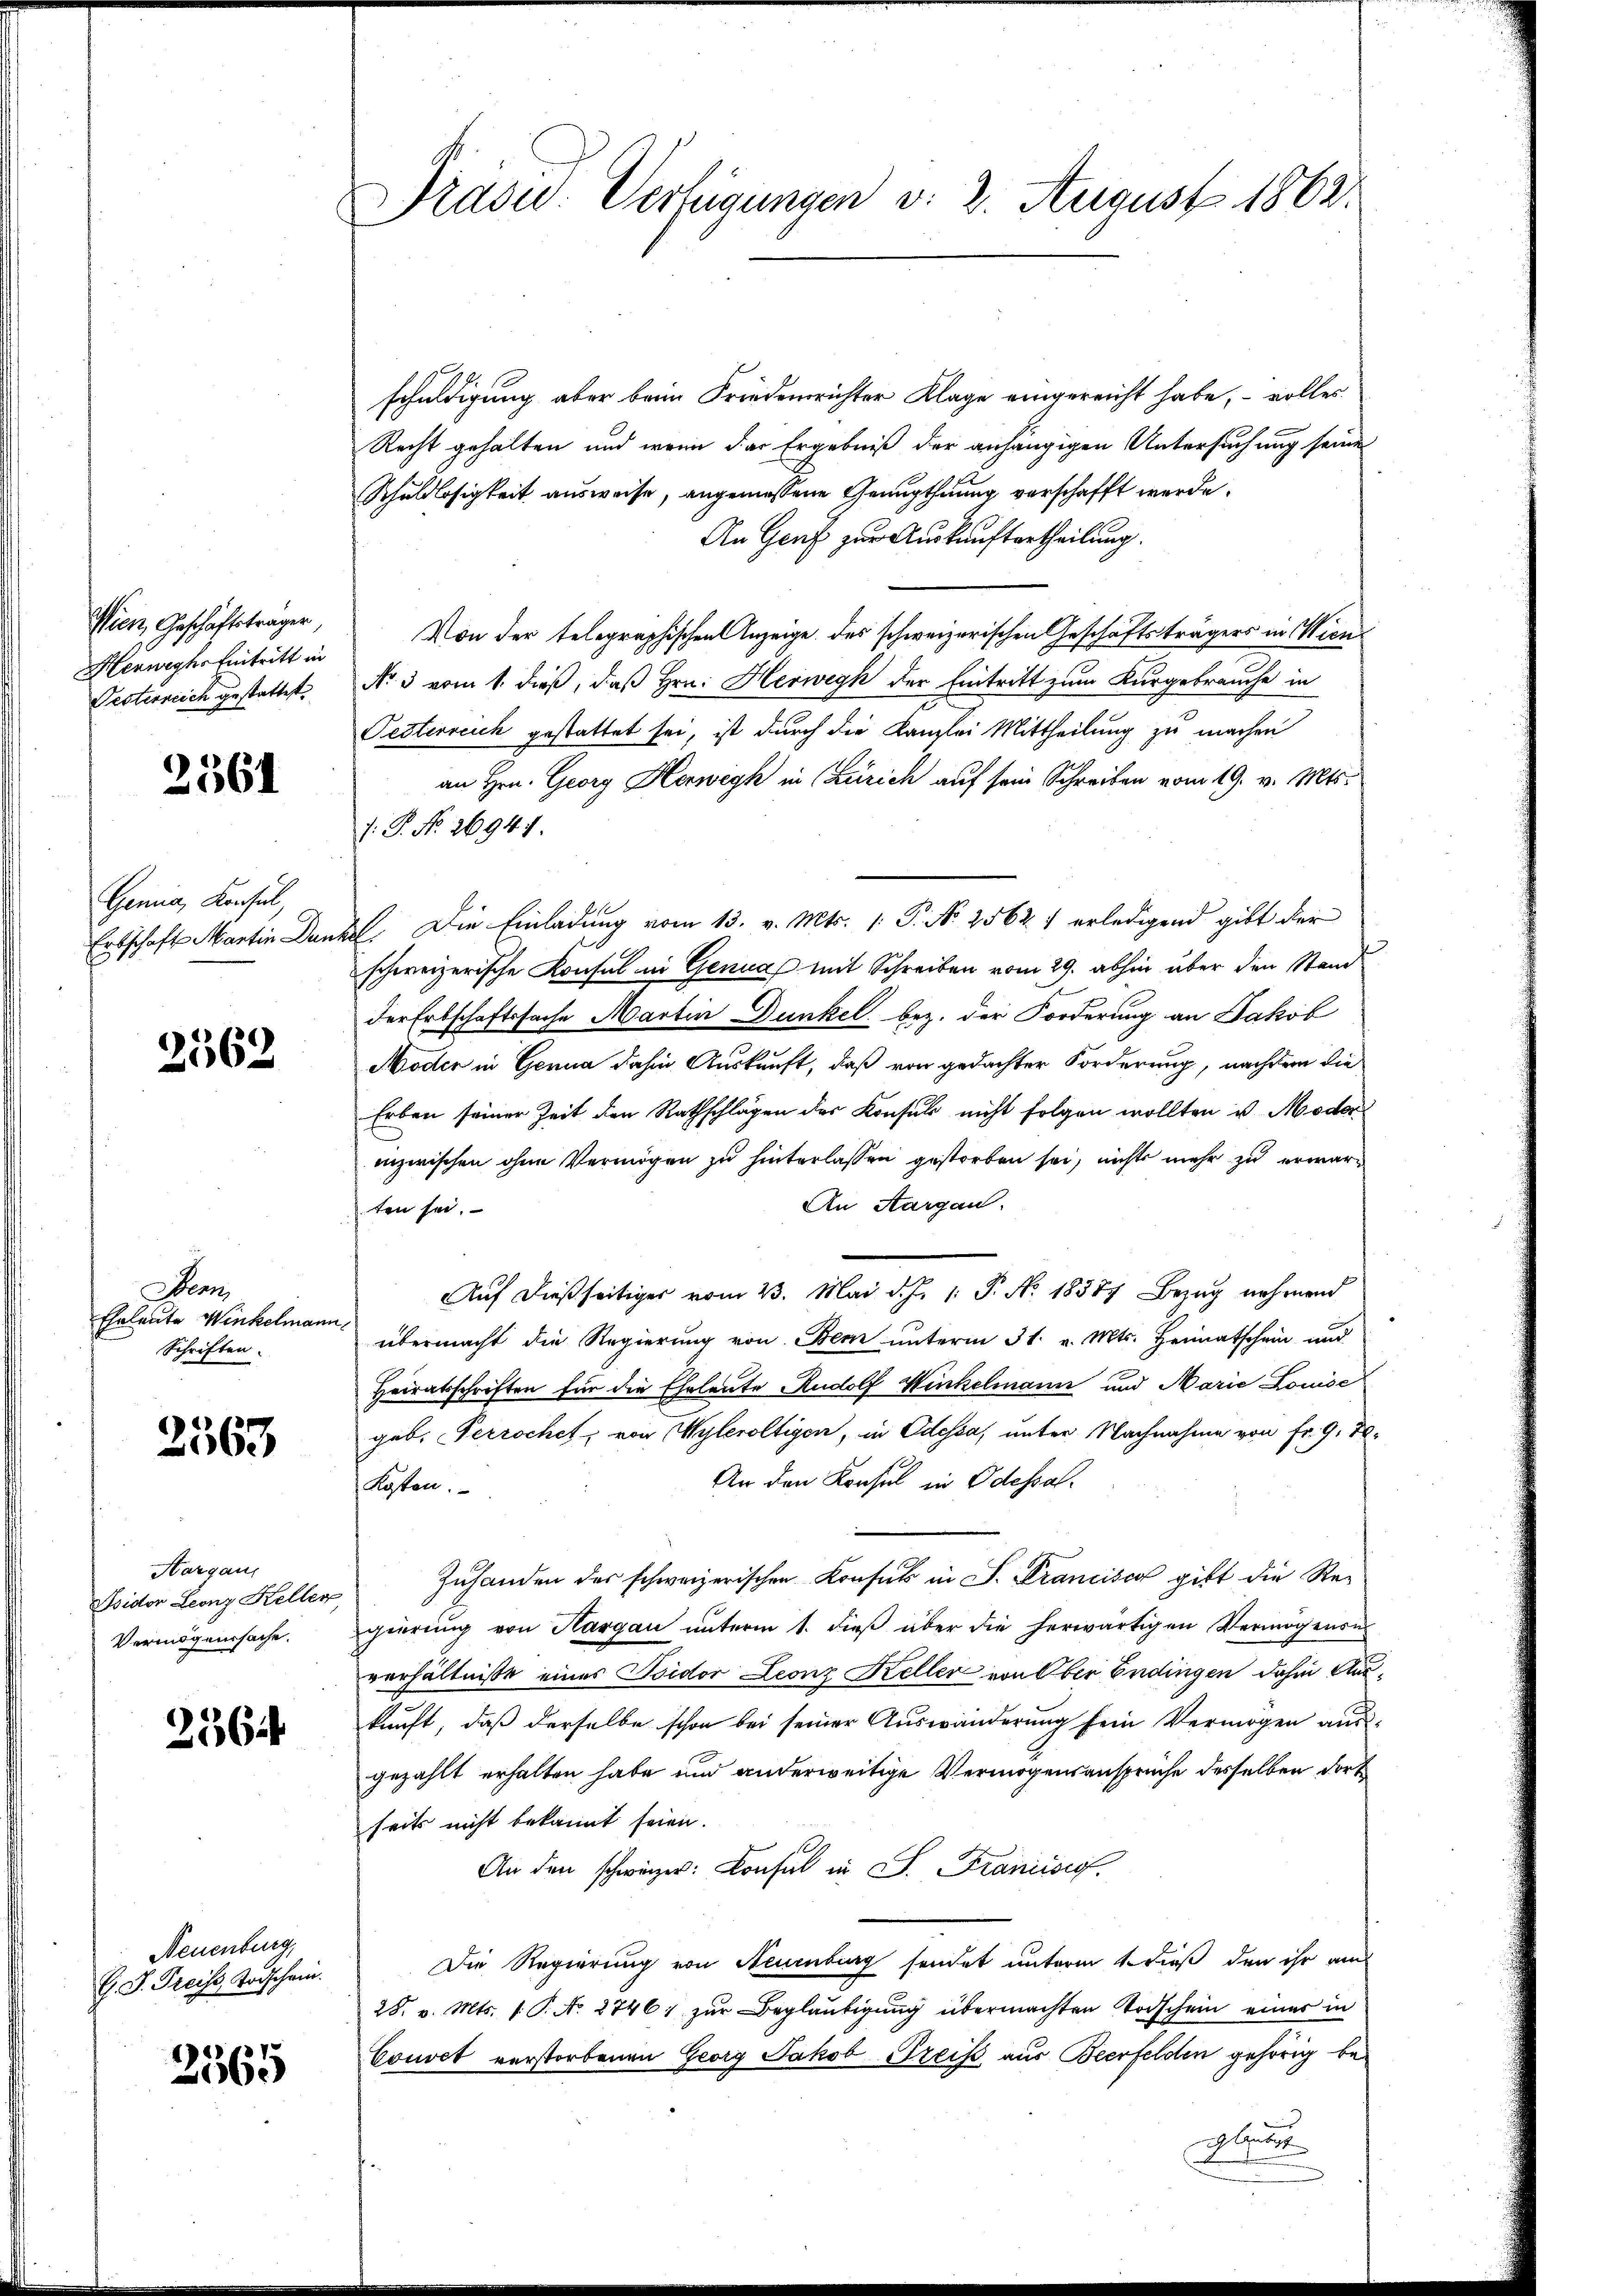
Wien, Geschäftsträger
Herwechs Eintritt in
Oesterreich gestattet.

2361

Genia, Konsul,
Ertschaft Martin Den

2562

Denn
Eheleute Winkelmann
Schriften.

2563

Hargau,
Psidor Leonz Keller
Vermögenssache.

256

Neuenburg,
G. J. Preiss Todschein.

2565

Präsu: Verfügungen v. 2. August 1862

schuldigung aber beim Friedenrichter Klage eingereicht habe, – volles
Recht gehalten und wenn das Ergebniß der anhängigen Untersuchung seine
Schuldlosigkeit ausweise, angemessene Genugthuung verschafft werde.
An Genf zur Auskunftertheilung.
Von der telegraphischen Anzeige des schweizerischen Geschäftsträgers in Wien
No 3 vom 1. dieß, daß Hrn. Herwegk der Eintritt zum Kurgebrauche in
Pesterreich gestattet sei, ist durch die Kanzlei Mittheilung zu machen
an Hrn. Georg Herweyh in Zürich auf sein Schreiben vom 19. v. Mts.
.P. Nr. 26941.
. Die Einladung vom 13. v. Mts. 1. P. Nr. 25627 erledigend gibt der
schweizerische Konsul in Genual mit Schreiben vom 29. abhin über den Stand
der Erbschaftssache Martin Dunkel bez. der Forderung an Jakob
Hoder in Genua dahin Auskunft, daß von gedachter Forderung, nachdem die
Erben seiner Zeit den Rathschlägen des Konsul nicht folgen wollten u. Moder
inzwischen ohne Vermögen zu hinterlassen gestorben sei, nichts mehr zu erwär¬
An Aargau.
ten sei.
Auf dießseitiger vom 23. Mai d. J. 1. P. Nr. 18387 Bezug nehmend
übermacht die Regierung von Bern unterm 31. v. Mts. Heimatschein und
Heiratsschriften für die Eheleute Rudolf Winkelmann und Marie Louise
geb. Perrochet, von Wyleroltigen, in Odessa, unter Nachnahme von Fr. 9. 80.
An den Konsul in Odessal
Kosten.
Zuhanden des schweizerischen Konsul in S. Francisca gibt die Re-
gierŭng von Kargau ŭnterm 1. dieβ über die herwärtigen Vermögensu
verhältniße eines Isidor Leonz Keller von Ober Endingen dahin Auskunft, daß derselbe schon bei seiner Auswanderung sein Vermögen ausgezählt erhalten habe und anderweitige Vermögensansprüche desselben dort
seits nicht bekannt seien.
An den schweizer: Consul in S. Francisc
Die Regierung von Neuenburg sendet unterm 1. Dieß den ihr auch
28. v. Mts. 1. P. No. 2746; zur Beglaubigung übermachten Todschein eines in
Couvet verstorbenen Georg Jakob Greis aus Beerfelden gehörig bei. Gade